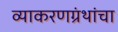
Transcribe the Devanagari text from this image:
व्याकरणग्रंथांचा